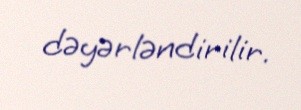
dəyərləndirilir.